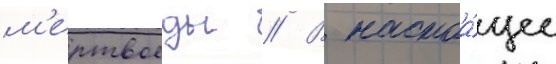
м'ертвоеды // В настоа́щее